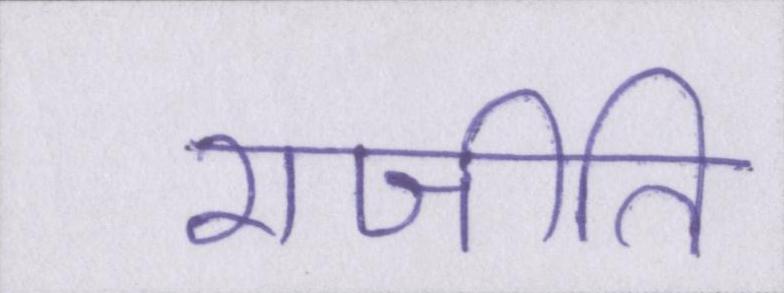
राजीति